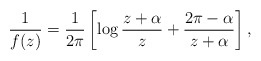
\begin{align*}\frac{1}{f(z)}=\frac{1}{2\pi}\left[\log\frac{z+\alpha}{z}+\frac{2\pi-\alpha}{z+\alpha}\right], \end{align*}